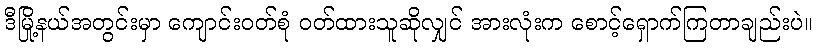
ဒီမြို့နယ်အတွင်းမှာ ကျောင်းဝတ်စုံ ဝတ်ထားသူဆိုလျှင် အားလုံးက စောင့်ရှောက်ကြတာချည်းပဲ။